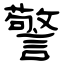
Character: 警